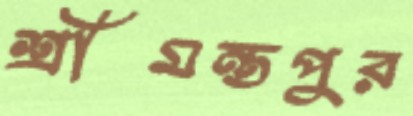
শ্রীমন্তপুর